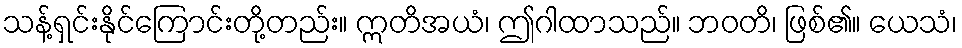
သန့်ရှင်းနိုင်ကြောင်းတို့တည်း။ ဣတိအယံ၊ ဤဂါထာသည်။ ဘဝတိ၊ ဖြစ်၏။ ယေသံ၊